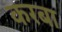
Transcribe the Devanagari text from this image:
करबा